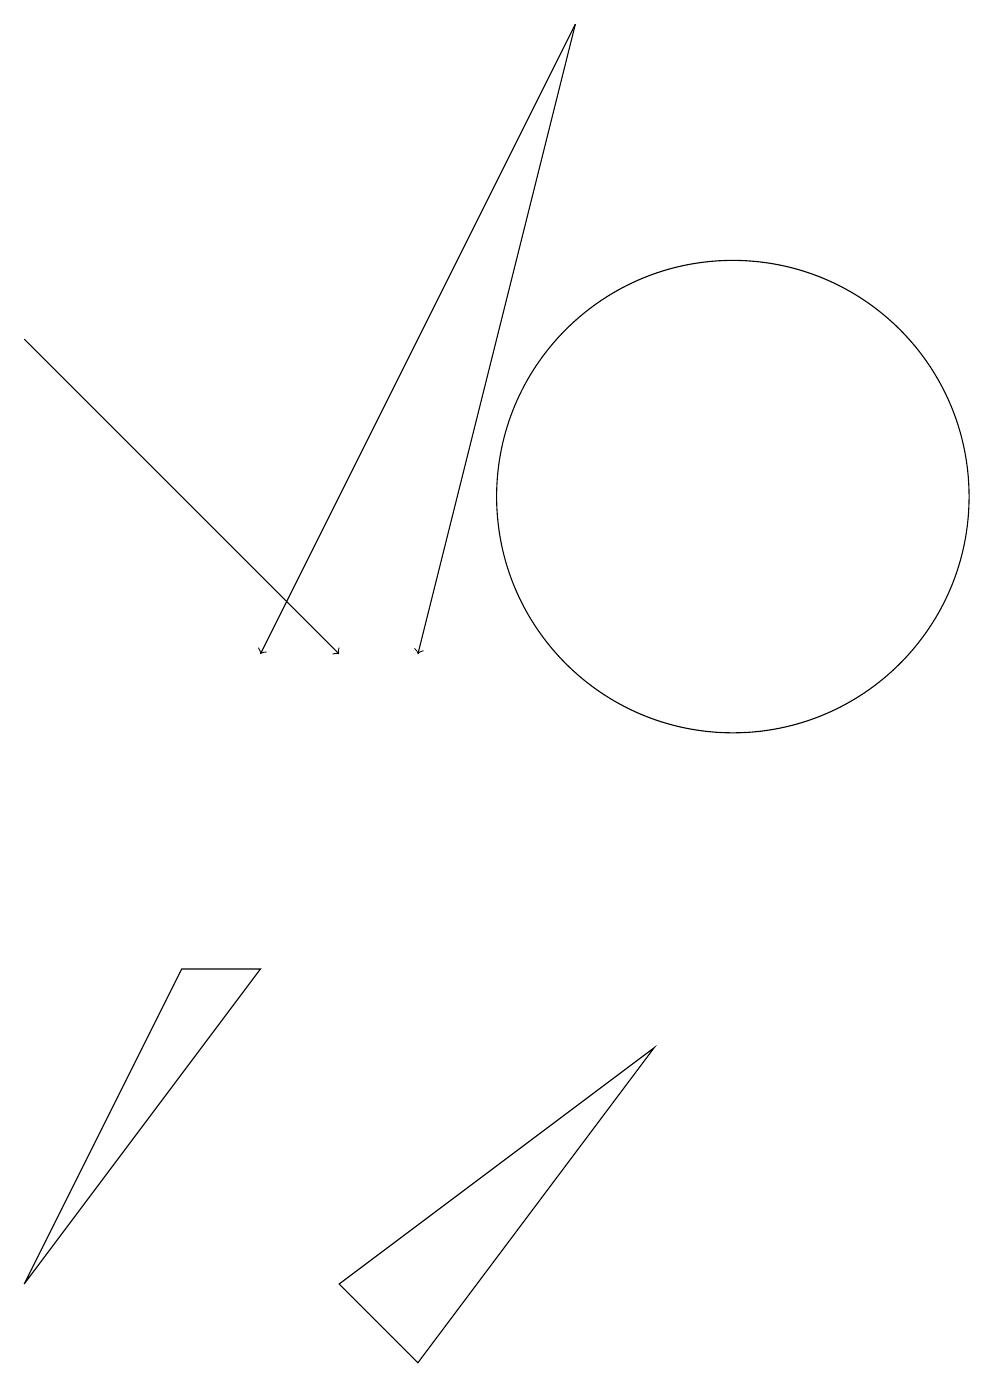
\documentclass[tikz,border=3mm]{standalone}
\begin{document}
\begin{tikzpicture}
\draw[->] (1,14) -- (5,10);
\draw (1,2) -- (3,6) -- (4,6) -- cycle;
\draw (10,12) circle (3);
\draw[->] (8,18) -- (4,10);
\draw[->] (8,18) -- (6,10);
\draw (9,5) -- (5,2) -- (6,1) -- cycle;
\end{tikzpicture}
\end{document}